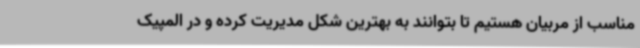
مناسب از مربیان هستیم تا بتوانند به بهترین شکل مدیریت کرده و در المپیک